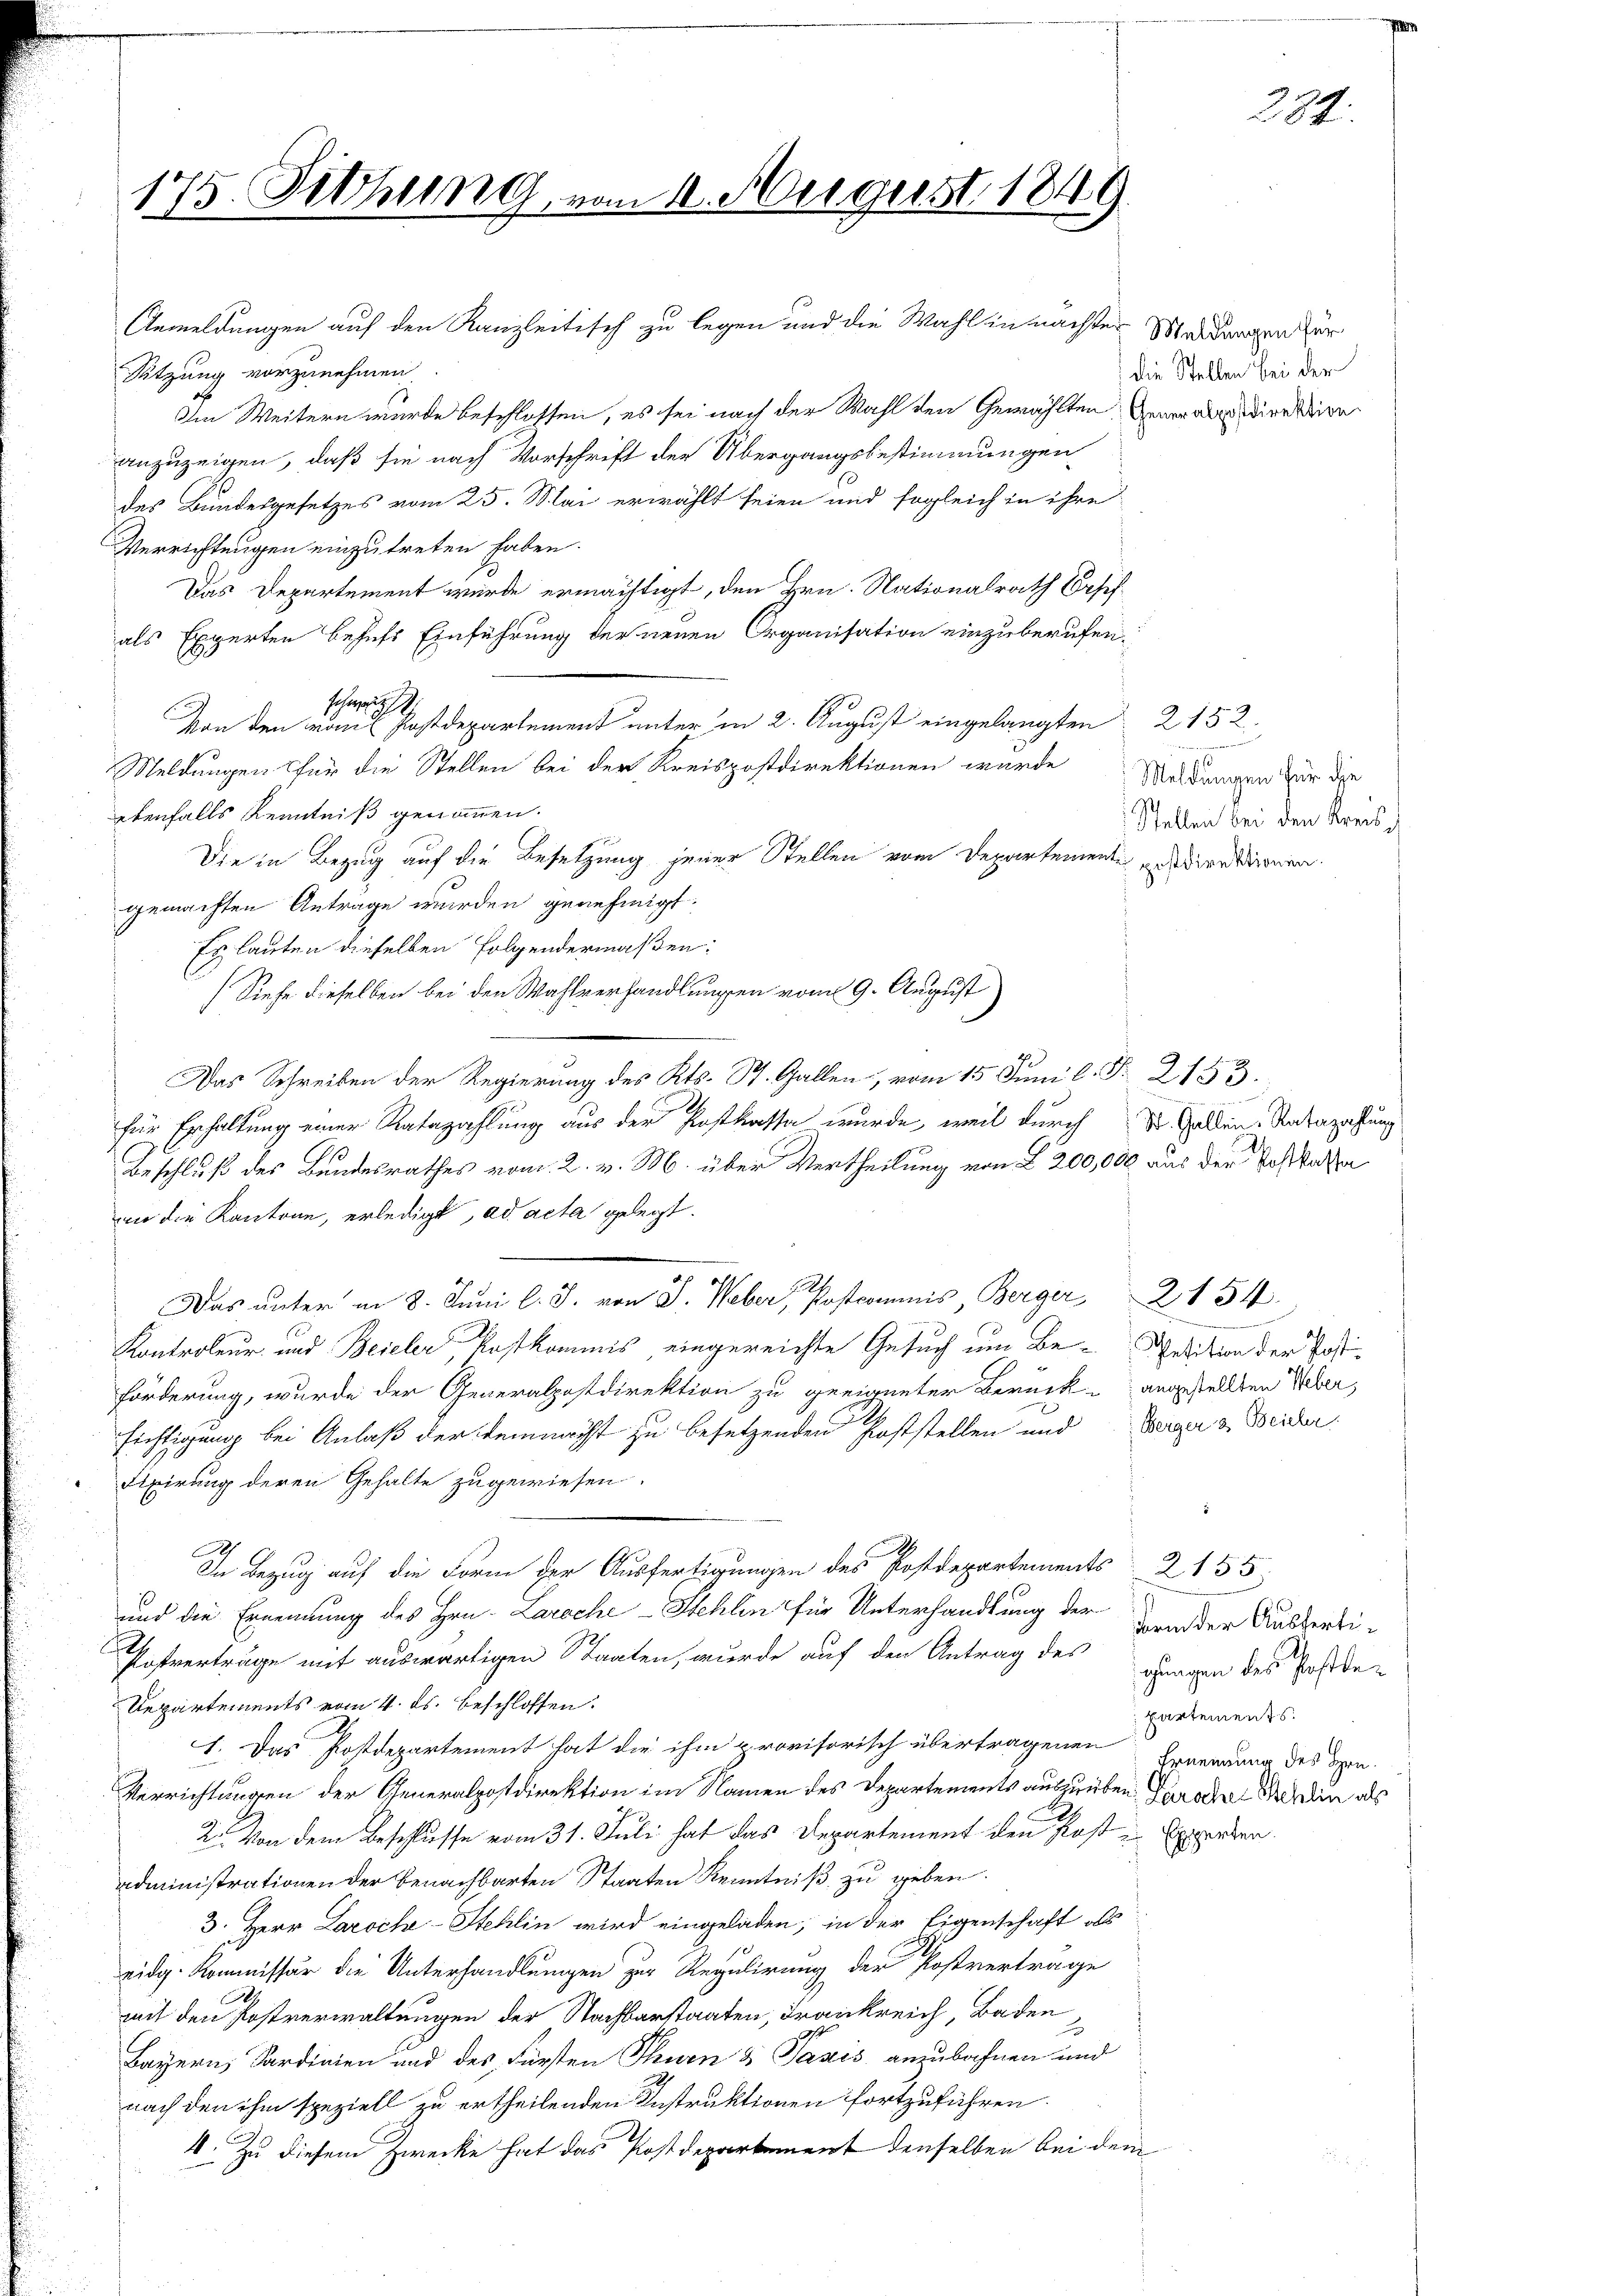
175. Sitzung, vom 11. August 1849.

Anmeldungen auf den Kanzleitisch zu legen und die Wahl in nächster Meldungen zur
Sitzung vorzunehmen.
Im Weitern wurde beschlossen, es sei nach der Wahl den Gewählten General dienten
anzuzeigen, daß sie nach Vorschrift der Übergangsbestimmungen
des Bundesgesetzes vom 25. Mai erwählt seien und sogleich in ihre
Verrichtungen einzutreten haben.
Das Departement wurde ermächtigt, den Hrn. Nationalrath Josef
als Experten behufs Einführung der neuen Organisation einzuberufen.
Schrei
Von den vonis Postdepartement unter in 2. August eingelangten 2152
Meldungen für die Stellen bei der Kreispostdirektionen wurde
ebenfalls Kenntniß genommen.
Die in Bezug auf die Besetzung jener Stellen vom Departemente direktionen.
gemachten Anträge wurden genehmigt.
Ey lauten dieselben folgendermaßen:
Siehe dieselben bei den Wahlverhandlungen vom 9. August
Das Schreiben der Regierung des Kts. St. Gallen, vom 15. Juni l. § 2133.
für Erhaltung einer Ratazahlung aus der Postkassa wurde, weil durch St. Gallen. Unterzahlung
Beschluß des Bundesrathes vom 2. v. M. über Vertheilung von § 200,000 aus der Postkassa
an die Kantone, erledigt, ad acta gelegt.
2154
Das unter am 8. Juni l. J. von J. Weber, Postcommis Berger
Kontroleur und Beieler Kostkommis eingereichte Gesuch um Be- Petition der Postförderung, wurde der Generalpostdirektion zu geeigneter Berück - angestellten Ueber,
sichtigung bei Anlaß der Lemmacht zu besetzenden Poststellen und Berg & Beiden
Fixirung deren Gehalte zugewiesen.
In Bezug auf die Form der Ausfertigungen des Postdepartements 2 155
und die Ernennung des Hrn. Laroche-Stehlen für Unterhandlung der
arm der Ausferti¬
Tofverträge mit auswärtigen Staaten, wurde auf den Antrag des ganzen des Postde
Departements vom 4. ds. beschlossen:
partements.
1. Das Postdepartement hat die ihm provisorisch übertragenen Ernennung des Hrn.
Verrichtungen der Generalpostdirektion im Namen des Departements auszuüben Parader Schein als
2. Von dem Beschlusse vom 31. Juli hat das Departement den Rost in Experten
administrationen der benachbarten Staaten Kenntniß zu geben.
3. Herr Laroch-Stehlin wird eingeladen, in der Eigenschaft als
eidg. Kommissär die Unterhandlungen zur Regulirung der Postvertrage
mit den Postverwaltungen der Nachbarstaaten, Frankreich, Baden
Bayern, Sardinien und des Fürsten Thurn & Taxis anzubahnen und
nach den ihm speziell zu ertheilenden Instruktionen fortzuführen.
4. Zu diesem Zwecke hat das Postdepartement denselben bei dem

die Stellen bei der

.
Meldungen für die
Stellen bei den Kreis¬

234.